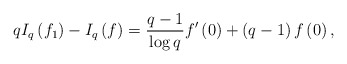
\begin{align*}qI_{q}\left(f_{1}\right)-I_{q}\left(f\right)=\frac{q-1}{\log q}f^{\prime}\left(0\right)+\left(q-1\right)f\left(0\right),\end{align*}